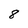
Character: 8